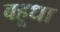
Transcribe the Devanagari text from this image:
बहूधा